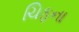
ચિફના